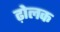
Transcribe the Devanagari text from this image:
ढ़ोलक